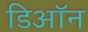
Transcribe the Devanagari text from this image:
डिऑन